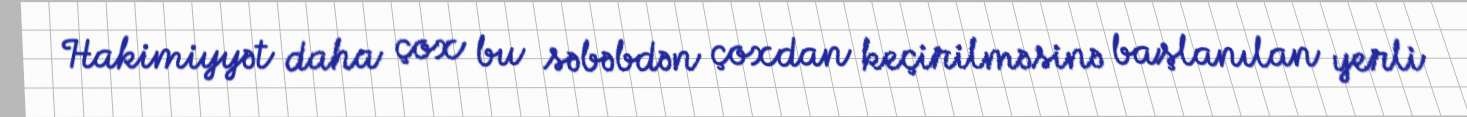
Hakimiyyət daha çox bu səbəbdən çoxdan keçirilməsinə başlanılan yerli